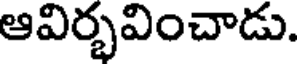
ఆవిర్భవించాడు.